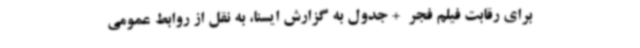
برای رقابت فیلم فجر  + جدول به گزارش ایسنا، به نقل از روابط عمومی